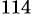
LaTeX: ^{114}